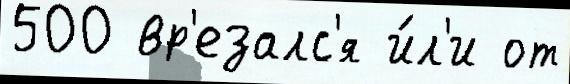
500 вр'езалс'я и́л'и от